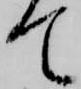
て